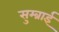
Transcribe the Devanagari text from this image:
सुम्ब्राई